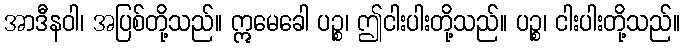
အာဒီနဝါ၊ အပြစ်တို့သည်။ ဣမေခေါ ပဉ္စ၊ ဤငါးပါးတို့သည်။ ပဉ္စ၊ ငါးပါးတို့သည်။